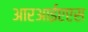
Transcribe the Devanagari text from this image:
आरआईएएस